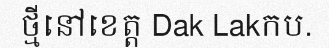
ថ្មីនៅខេត្ត Dak Lakកប.